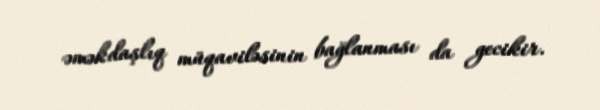
əməkdaşlıq müqaviləsinin bağlanması da gecikir.